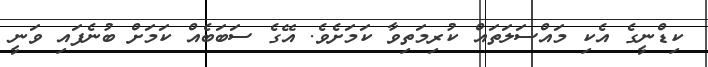
ކިޑްނީގެ އެކި މައްސަލަތައް ކުރިމަތިވާ ކަމަށެވެ. އޭގެ ސަބަބެއް ކަމަށް ބުނެފައި ވަނީ